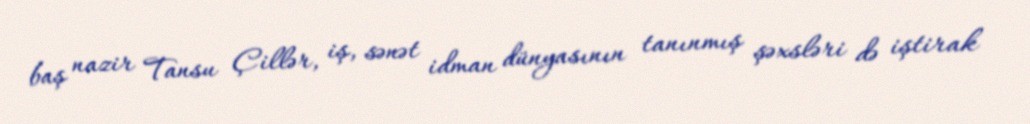
baş nazir Tansu Çillər, iş, sənət idman dünyasının tanınmış şəxsləri də iştirak